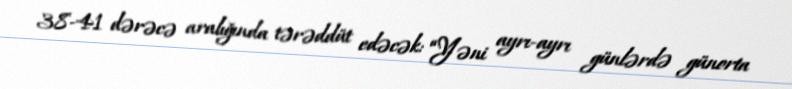
38-41 dərəcə aralığında tərəddüt edəcək: “Yəni ayrı-ayrı günlərdə günorta